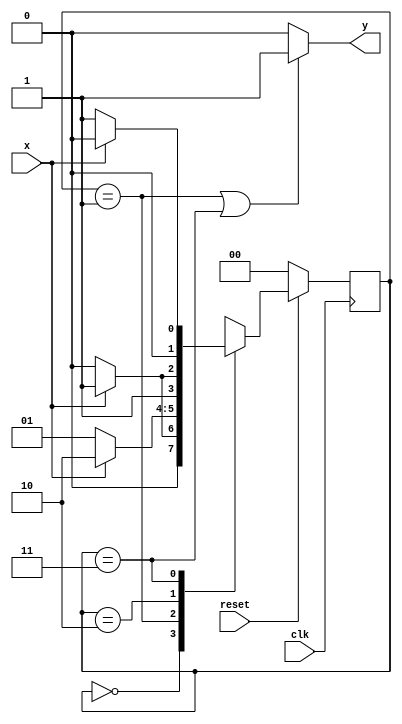
module sm_3p(
	input clk, reset, x,
	output reg y);
	reg [1:0] state, next_state;
	parameter [1:0] S0=2'd0, S1=2'd1, S2=2'd2, S3=2'd3;
	always @(*)
		case (state)
			S0:
				if (x) next_state = S1;
				else next_state = S0;
			S1:
				if (x) next_state = S2;
				else next_state = S1;
			S2:
				if (x) next_state = S3;
				else next_state = S2;
			S3:
				if (x) next_state = S0;
				else next_state = S1;
		endcase
	always @(posedge clk)
		if (!reset) state <= 0;
		else state <= next_state;
	always @(*)
		if (state==S1 | state==S3) y=1;
		else y=0;
endmodule